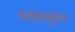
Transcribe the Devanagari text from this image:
यशंवंतबुवांना